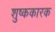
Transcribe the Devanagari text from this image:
शुष्ककारक